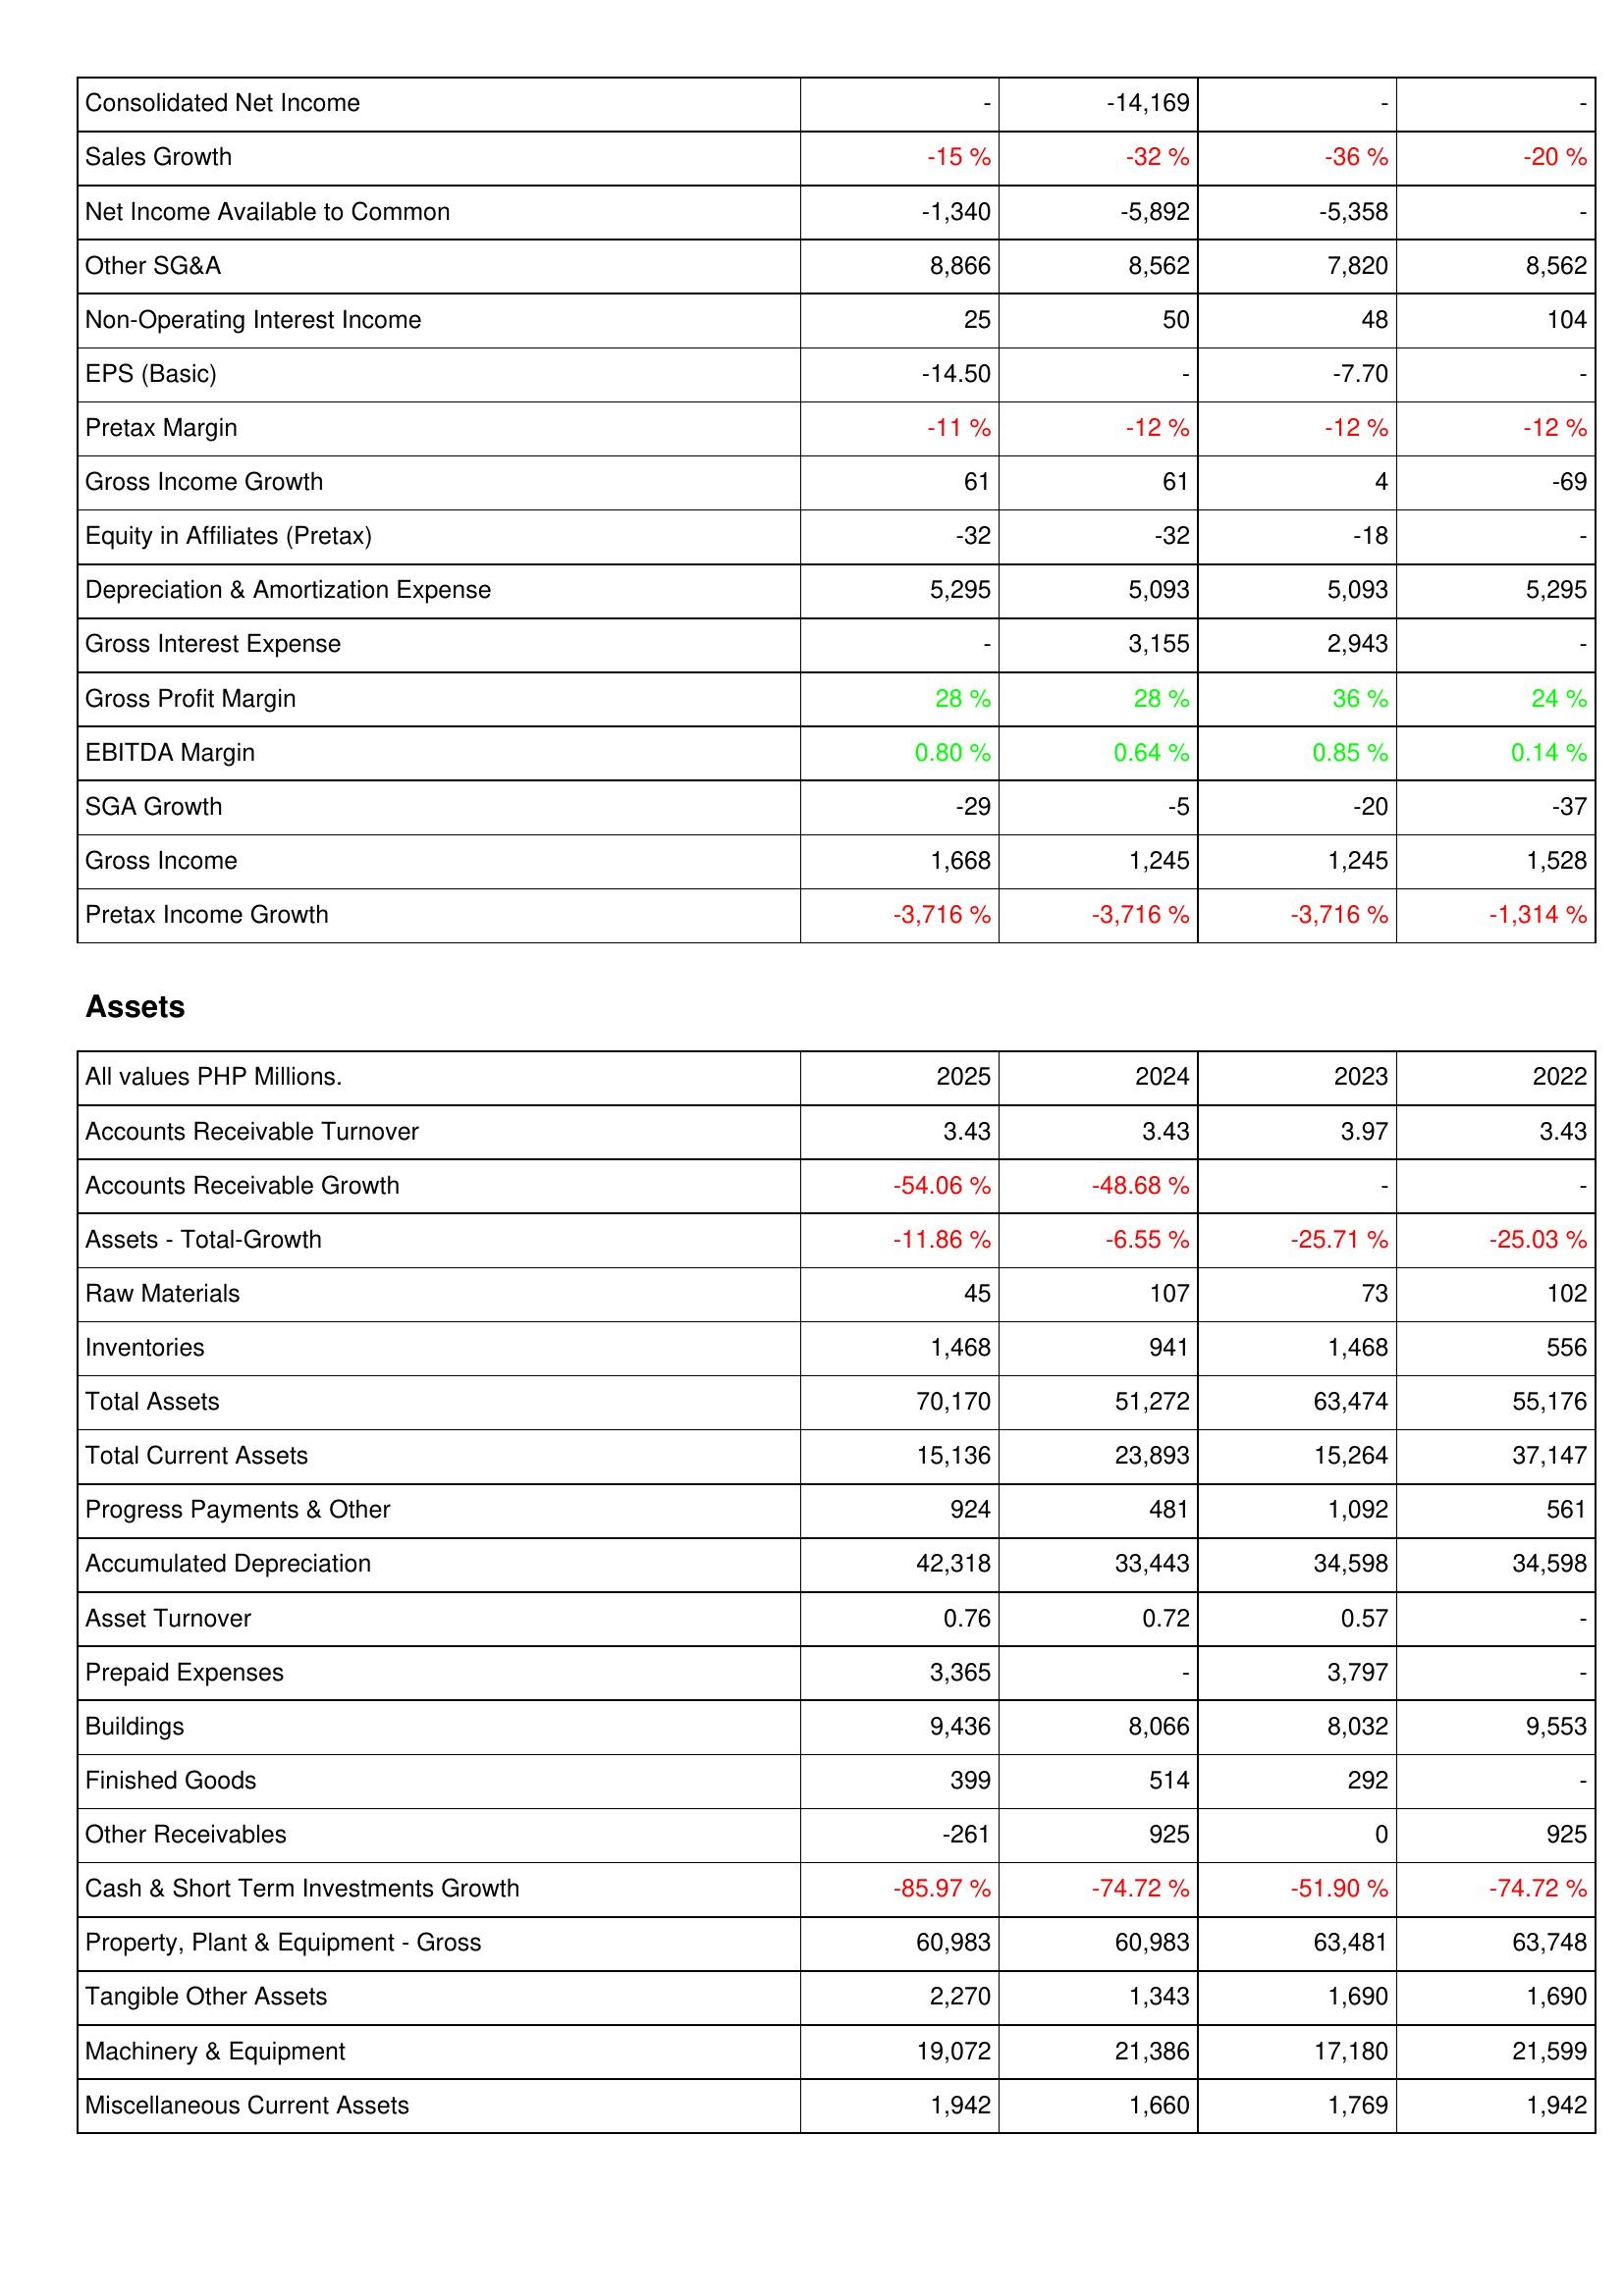
2025: Income Statement: Consolidated Net Income: -
Sales Growth: -15 %
Net Income Available to Common: -1,340
Other SG&A: 8,866
Non-Operating Interest Income: 25
EPS (Basic): -14.50
Pretax Margin: -11 %
Gross Income Growth: 61
Equity in Affiliates (Pretax): -32
Depreciation & Amortization Expense: 5,295
Gross Interest Expense: -
Gross Profit Margin: 28 %
EBITDA Margin: 0.80 %
SGA Growth: -29
Gross Income: 1,668
Pretax Income Growth: -3,716 %
Assets: Accounts Receivable Turnover: 3.43
Accounts Receivable Growth: -54.06 %
Assets - Total-Growth: -11.86 %
Raw Materials: 45
Inventories: 1,468
Total Assets: 70,170
Total Current Assets: 15,136
Progress Payments & Other: 924
Accumulated Depreciation: 42,318
Asset Turnover: 0.76
Prepaid Expenses: 3,365
Buildings: 9,436
Finished Goods: 399
Other Receivables: -261
Cash & Short Term Investments Growth: -85.97 %
Property, Plant & Equipment - Gross: 60,983
Tangible Other Assets: 2,270
Machinery & Equipment: 19,072
Miscellaneous Current Assets: 1,942
2024: Income Statement: Consolidated Net Income: -14,169
Sales Growth: -32 %
Net Income Available to Common: -5,892
Other SG&A: 8,562
Non-Operating Interest Income: 50
EPS (Basic): -
Pretax Margin: -12 %
Gross Income Growth: 61
Equity in Affiliates (Pretax): -32
Depreciation & Amortization Expense: 5,093
Gross Interest Expense: 3,155
Gross Profit Margin: 28 %
EBITDA Margin: 0.64 %
SGA Growth: -5
Gross Income: 1,245
Pretax Income Growth: -3,716 %
Assets: Accounts Receivable Turnover: 3.43
Accounts Receivable Growth: -48.68 %
Assets - Total-Growth: -6.55 %
Raw Materials: 107
Inventories: 941
Total Assets: 51,272
Total Current Assets: 23,893
Progress Payments & Other: 481
Accumulated Depreciation: 33,443
Asset Turnover: 0.72
Prepaid Expenses: -
Buildings: 8,066
Finished Goods: 514
Other Receivables: 925
Cash & Short Term Investments Growth: -74.72 %
Property, Plant & Equipment - Gross: 60,983
Tangible Other Assets: 1,343
Machinery & Equipment: 21,386
Miscellaneous Current Assets: 1,660
2023: Income Statement: Consolidated Net Income: -
Sales Growth: -36 %
Net Income Available to Common: -5,358
Other SG&A: 7,820
Non-Operating Interest Income: 48
EPS (Basic): -7.70
Pretax Margin: -12 %
Gross Income Growth: 4
Equity in Affiliates (Pretax): -18
Depreciation & Amortization Expense: 5,093
Gross Interest Expense: 2,943
Gross Profit Margin: 36 %
EBITDA Margin: 0.85 %
SGA Growth: -20
Gross Income: 1,245
Pretax Income Growth: -3,716 %
Assets: Accounts Receivable Turnover: 3.97
Accounts Receivable Growth: -
Assets - Total-Growth: -25.71 %
Raw Materials: 73
Inventories: 1,468
Total Assets: 63,474
Total Current Assets: 15,264
Progress Payments & Other: 1,092
Accumulated Depreciation: 34,598
Asset Turnover: 0.57
Prepaid Expenses: 3,797
Buildings: 8,032
Finished Goods: 292
Other Receivables: 0
Cash & Short Term Investments Growth: -51.90 %
Property, Plant & Equipment - Gross: 63,481
Tangible Other Assets: 1,690
Machinery & Equipment: 17,180
Miscellaneous Current Assets: 1,769
2022: Income Statement: Consolidated Net Income: -
Sales Growth: -20 %
Net Income Available to Common: -
Other SG&A: 8,562
Non-Operating Interest Income: 104
EPS (Basic): -
Pretax Margin: -12 %
Gross Income Growth: -69
Equity in Affiliates (Pretax): -
Depreciation & Amortization Expense: 5,295
Gross Interest Expense: -
Gross Profit Margin: 24 %
EBITDA Margin: 0.14 %
SGA Growth: -37
Gross Income: 1,528
Pretax Income Growth: -1,314 %
Assets: Accounts Receivable Turnover: 3.43
Accounts Receivable Growth: -
Assets - Total-Growth: -25.03 %
Raw Materials: 102
Inventories: 556
Total Assets: 55,176
Total Current Assets: 37,147
Progress Payments & Other: 561
Accumulated Depreciation: 34,598
Asset Turnover: -
Prepaid Expenses: -
Buildings: 9,553
Finished Goods: -
Other Receivables: 925
Cash & Short Term Investments Growth: -74.72 %
Property, Plant & Equipment - Gross: 63,748
Tangible Other Assets: 1,690
Machinery & Equipment: 21,599
Miscellaneous Current Assets: 1,942